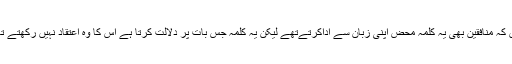
کیوں کہ منافقین بھی یہ کلمہ محض اپنی زبان سے اداکرتےتھے لیکن یہ کلمہ جس بات پر دلالت کرتا ہے اس کا وہ اعتقاد نہيں رکھتے تھے۔